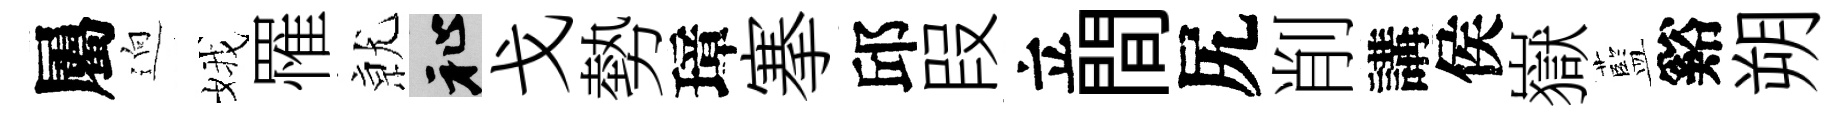
屬逈娥罹𭕒祉戈勢璋搴邱叚立間尻削講侯嶽藍谿朔